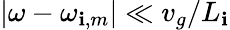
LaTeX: |\omega-\omega_{\mathbf{i},m}|\ll{v_{g}}/{L_{\mathbf{i}}}